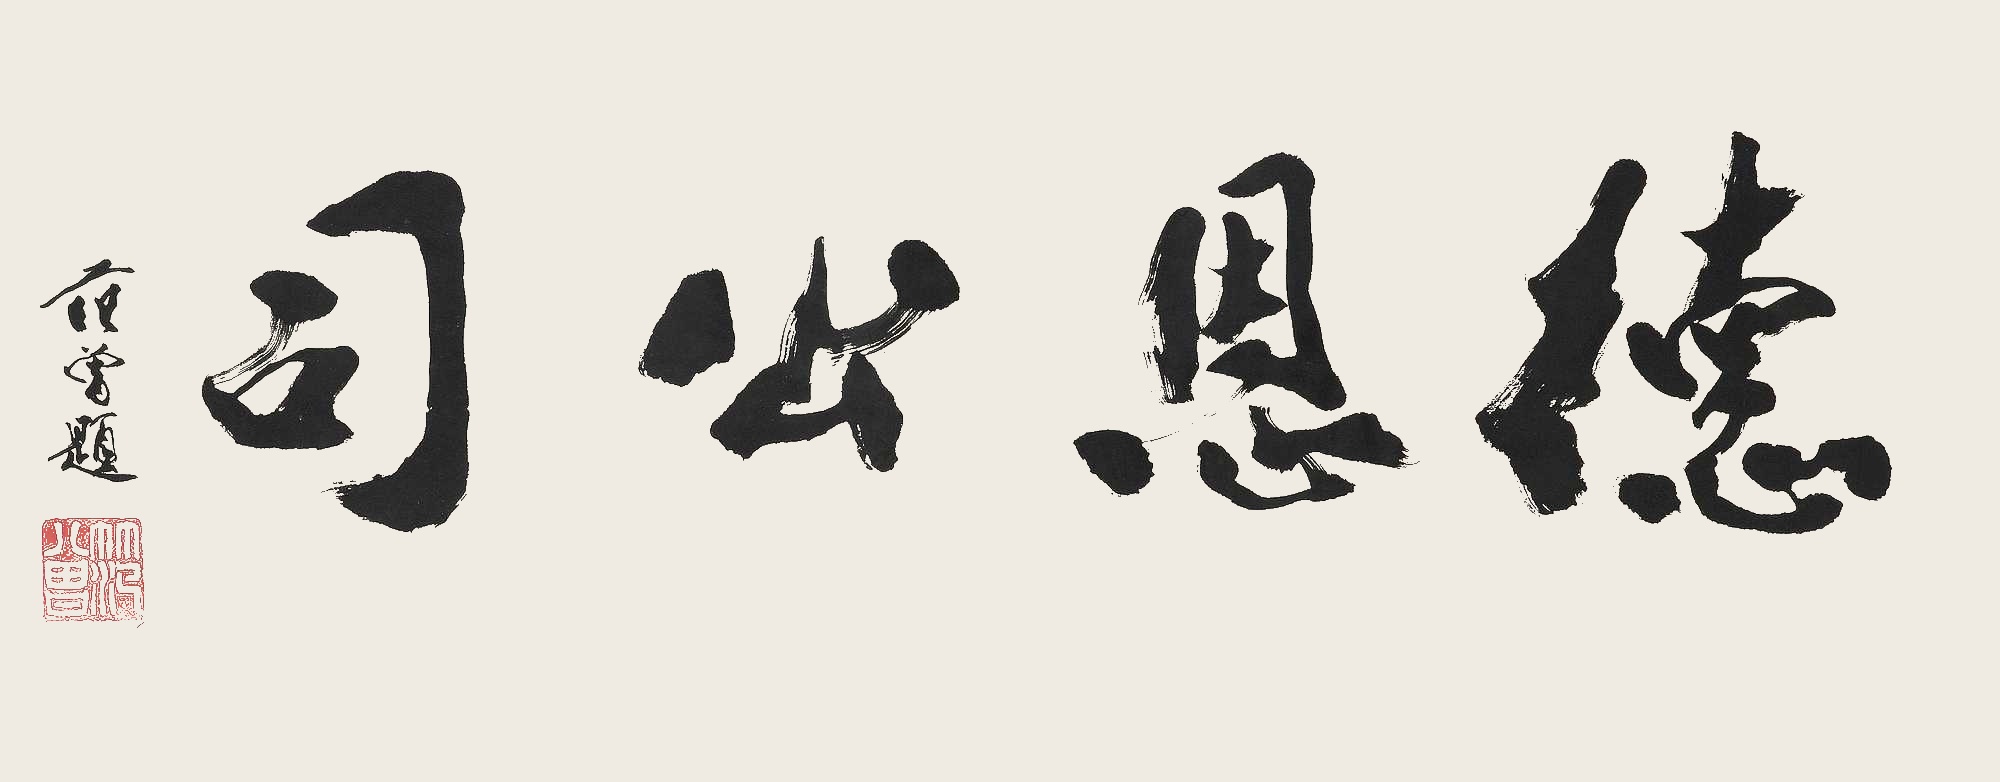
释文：德恩公司范曾题。